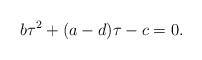
LaTeX: \begin{align*} b\tau^2 + (a-d)\tau - c=0. \end{align*}